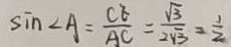
\sin \angle A = \frac { C E } { A C } = \frac { \sqrt { 3 } } { 2 \sqrt { 3 } } = \frac { 1 } { 2 }